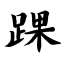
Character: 踝